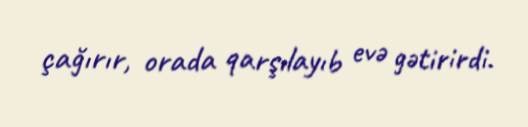
çağırır, orada qarşılayıb evə gətirirdi.